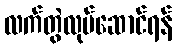
လက်တွဲလုပ်ဆောင်ရန်